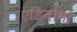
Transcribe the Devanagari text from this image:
एडिनोमा